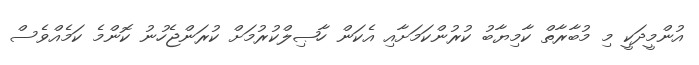
އުންމީދަކީ މި މުބާރާތް ކާމިޔާބު ކުރުންކަމަށާއި އެކަން ހާޞިލްކުރުމަށް ކުރަންޖެހުނު ކޮންމެ ކަމެއްވެސް